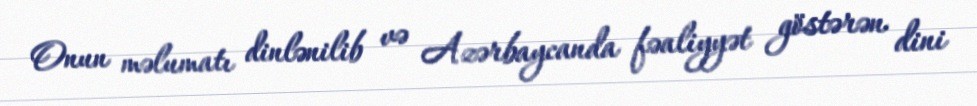
Onun məlumatı dinlənilib və Azərbaycanda fəaliyyət göstərən dini